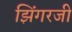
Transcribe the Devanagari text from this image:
झिंगरजी